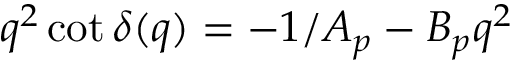
q ^ { 2 } \cot \delta ( q ) = - 1 / A _ { p } - B _ { p } q ^ { 2 }